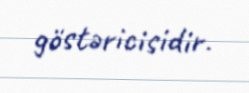
göstəricisidir.